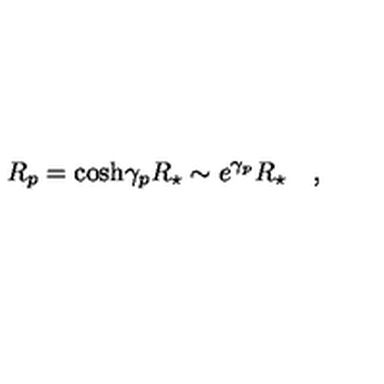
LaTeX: R _ { p } = \cosh \! \gamma _ { p } R _ { \star } \sim e ^ { \gamma _ { p } } R _ { \star } \quad ,